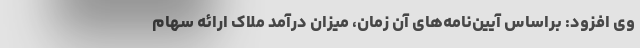
وی افزود: براساس آیین‌نامه‌های آن زمان، میزان درآمد ملاک ارائه سهام